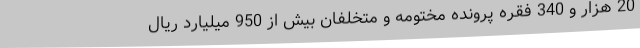
20 هزار و 340 فقره پرونده مختومه و متخلفان بیش از 950 میلیارد ریال